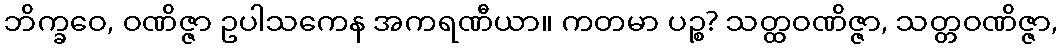
ဘိက္ခဝေ, ဝဏိဇ္ဇာ ဥပါသကေန အကရဏီယာ။ ကတမာ ပဉ္စ? သတ္ထဝဏိဇ္ဇာ, သတ္တဝဏိဇ္ဇာ,